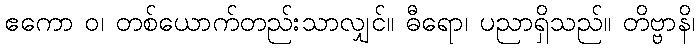
ဧကော ဝ၊ တစ်ယောက်တည်းသာလျှင်။ ဓီရော၊ ပညာရှိသည်။ တိဗ္ဗာနိ၊